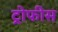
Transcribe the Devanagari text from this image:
ट्रोफीस